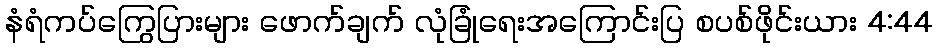
နံရံကပ်ကြွေပြားများ ဖောက်ချက် လုံခြုံရေးအကြောင်းပြ စပစ်ဖိုင်းယား 4:44